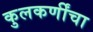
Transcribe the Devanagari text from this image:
कुलकर्णींचा